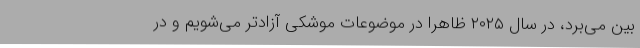
بین می‌برد، در سال ۲۰۲۵ ظاهراً در موضوعات موشکی آزادتر می‌شویم و در